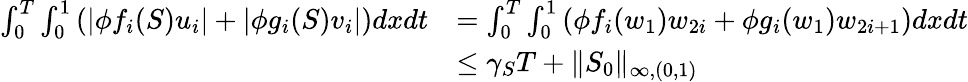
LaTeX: \begin{array}{rl}{\int_{0}^{T}\int_{0}^{1}\left(\left|\phi f_{i}(S)u_{i}\right|+\left|\phi g_{i}(S)v_{i}\right|\right)dxdt}&{=\int_{0}^{T}\int_{0}^{1}\left(\phi f_{i}(w_{1})w_{2i}+\phi g_{i}(w_{1})w_{2i+1}\right)dxdt}\\ &{\le\gamma_{S}T+\| S_{0}\| _{\infty,(0,1)}}\end{array}